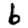
Digit: 6